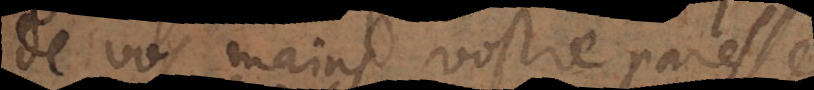
de vos mains, vostre paresse,